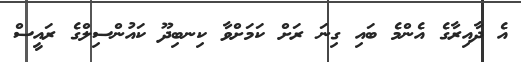
އެ ދާއިރާގެ އެންމެ ބައި ގިނަ ރަށް ކަމަށްވާ ކިނބިދޫ ކައުންސިލްގެ ރައީސް